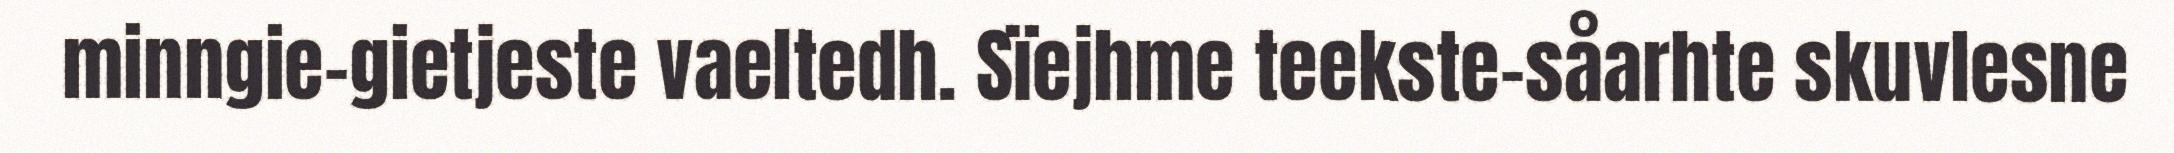
minngie-gietjeste vaeltedh. Sïejhme teekste-såarhte skuvlesne